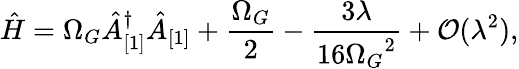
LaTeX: \hat{H}=\Omega_{G}\hat{A}_{[1]}^{\dagger}\hat{A}_{[1]}+\frac{\Omega_{G}}{2}-\frac{3\lambda}{16{\Omega_{G}}^{2}}+{\cal O}(\lambda^{2}),